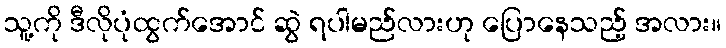
သူ့ကို ဒီလိုပုံထွက်အောင် ဆွဲ ရပါမည်လားဟု ပြောနေသည့် အလား။